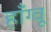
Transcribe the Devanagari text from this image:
हाँग्वू